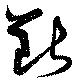
斷